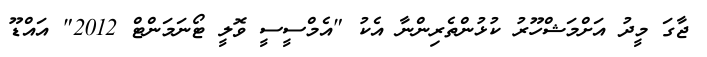
ޖާގަ މީދު އަށްމަޝްހޫރު ކުޅުންތެރިންނާ އެކު "އެމްސީސީ ވޮލީ ޓޯނަމަންޓް 2012" އައްޑޫ